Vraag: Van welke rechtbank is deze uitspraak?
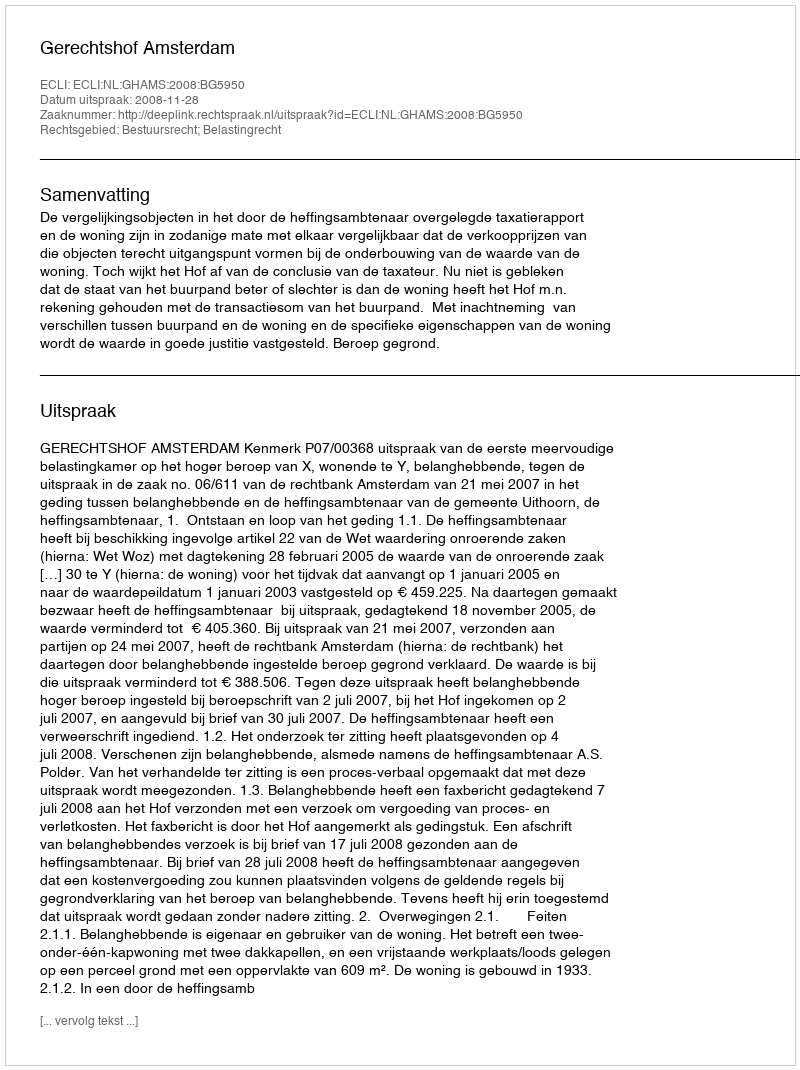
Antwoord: Gerechtshof Amsterdam